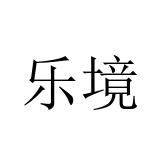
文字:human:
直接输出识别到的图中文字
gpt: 乐境